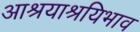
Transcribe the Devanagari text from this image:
आश्रयाश्रयिभाव